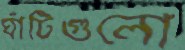
ঘাঁটিগুলো